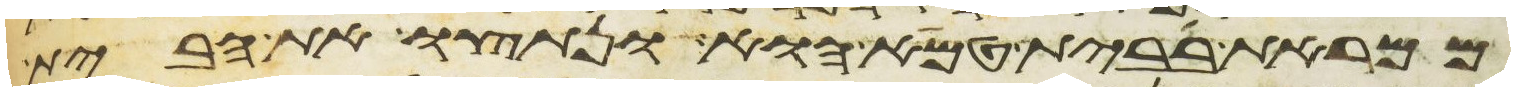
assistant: ממראת בבית טמא הוא ונתצו את הבית